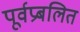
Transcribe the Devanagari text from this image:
पूर्वप्रबलित